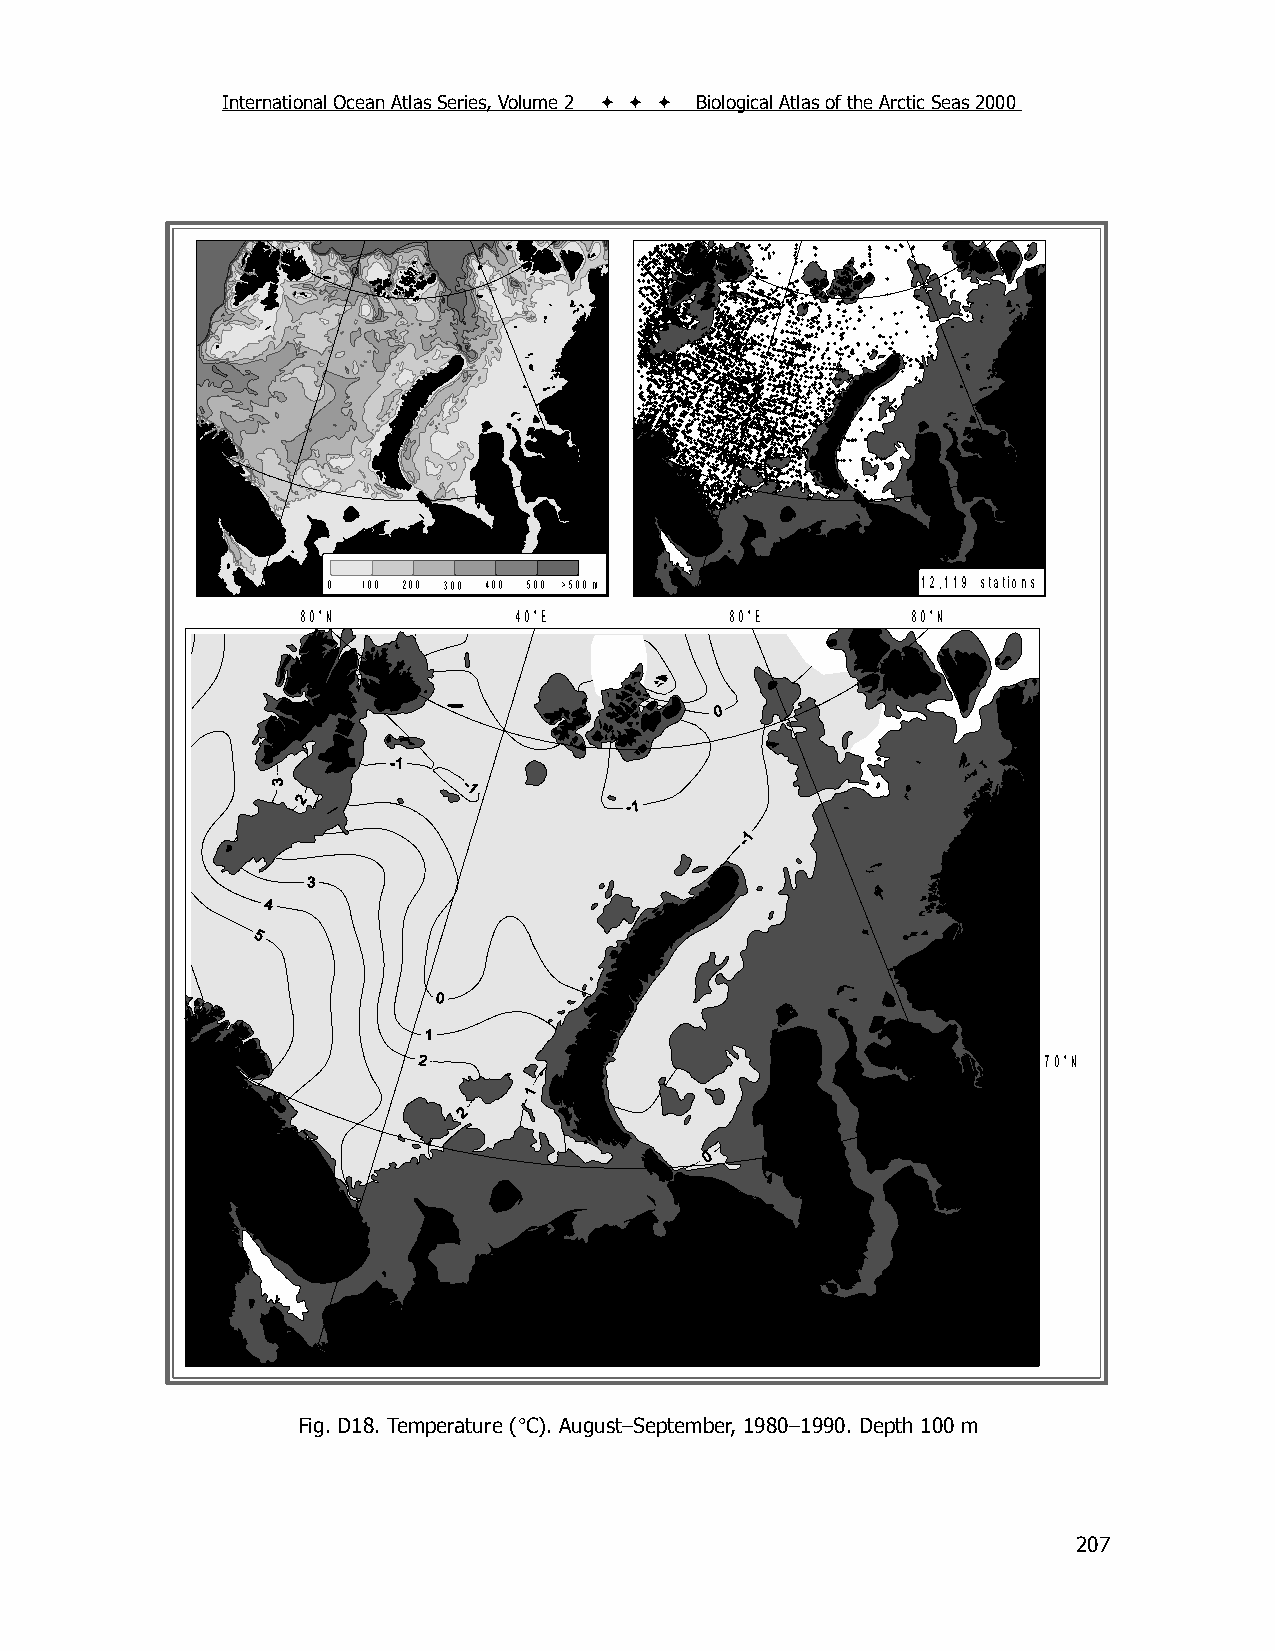
International Ocean Atlas Series, Volume 2    Biological Atlas of the Arctic Seas 2000
 0 100 200 300 400 500 >500 m           12,119 stations
 80°N          40°E          80°E        80°N
 70°N
 Fig. D18. Temperature (C). August–September, 1980–1990. Depth 100 m
 207